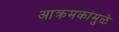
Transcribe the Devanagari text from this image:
आक्रमकांमुळे